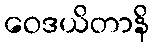
ဝေဒယိတာနိ